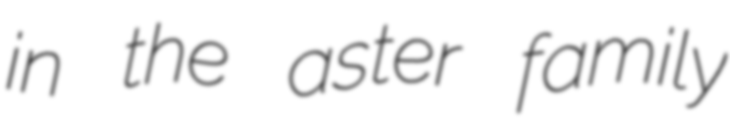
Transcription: in the aster family